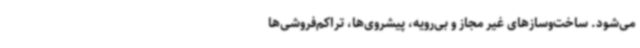
می‌شود. ساخت‌وسازهای غیر مجاز و بی‌رویه، پیشروی‌ها، تراکم‌فروشی‌ها